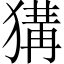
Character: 𤠰